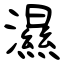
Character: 濕